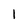
Character: 1